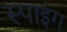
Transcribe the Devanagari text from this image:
स्पाइंग